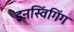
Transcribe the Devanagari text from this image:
इनस्विंगिंग